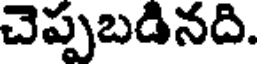
చెప్పబడినది.